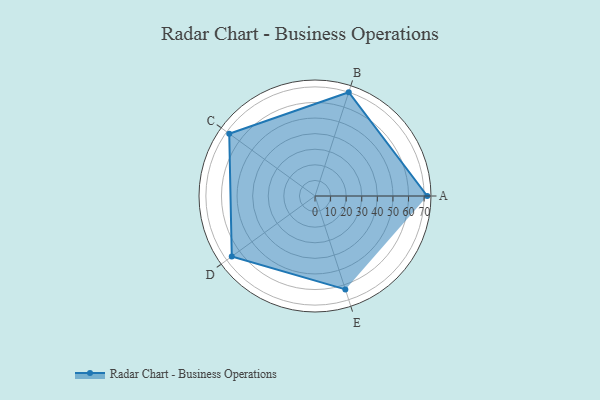
{"axis": {"x": "Skill", "y": "Score"}, "legend": ["Profile"], "data": [{"x": "A", "y": 72.0, "type": "Profile"}, {"x": "B", "y": 70.0, "type": "Profile"}, {"x": "C", "y": 68.0, "type": "Profile"}, {"x": "D", "y": 66.0, "type": "Profile"}, {"x": "E", "y": 63.0, "type": "Profile"}]}